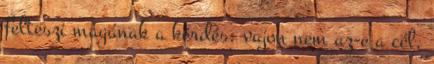
felteszi magának a kérdés: vajon nem az-e a cél,